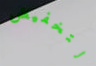
لتخفيض